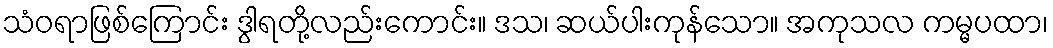
သံဝရာဖြစ်ကြောင်း ဒွါရတို့လည်းကောင်း။ ဒသ၊ ဆယ်ပါးကုန်သော။ အကုသလ ကမ္မပထာ၊